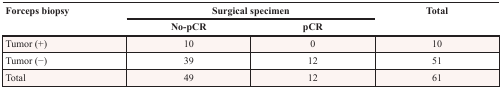
<table><thead><tr><td rowspan="2"><b>Forceps biopsy</b></td><td colspan="2"><b>Surgical specimen</b></td><td rowspan="2"><b>Total</b></td></tr><tr><td><b>No-pCR</b></td><td><b>pCR</b></td></tr></thead><tbody><tr><td>Tumor (+)</td><td>10</td><td>0</td><td>10</td></tr><tr><td>Tumor (−)</td><td>39</td><td>12</td><td>51</td></tr><tr><td>Total</td><td>49</td><td>12</td><td>61</td></tr></tbody></table>